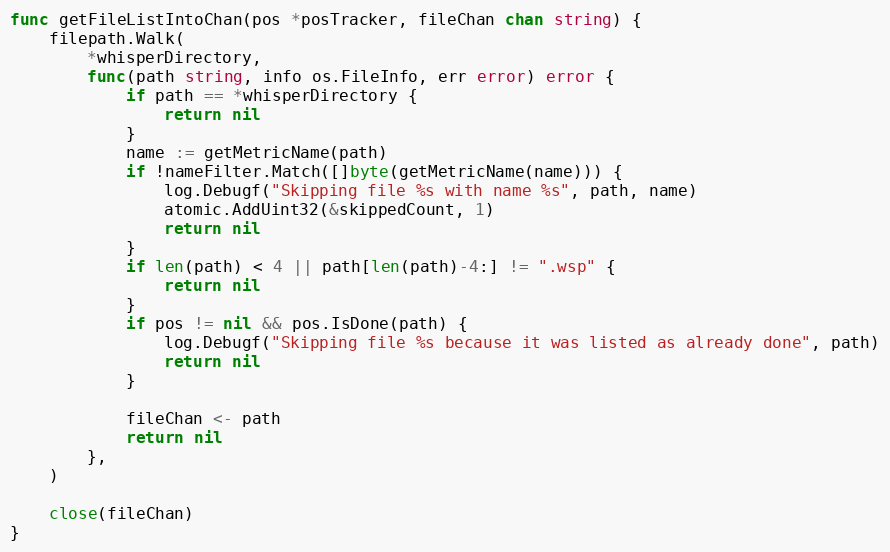
Language: Go
func getFileListIntoChan(pos *posTracker, fileChan chan string) {
	filepath.Walk(
		*whisperDirectory,
		func(path string, info os.FileInfo, err error) error {
			if path == *whisperDirectory {
				return nil
			}
			name := getMetricName(path)
			if !nameFilter.Match([]byte(getMetricName(name))) {
				log.Debugf("Skipping file %s with name %s", path, name)
				atomic.AddUint32(&skippedCount, 1)
				return nil
			}
			if len(path) < 4 || path[len(path)-4:] != ".wsp" {
				return nil
			}
			if pos != nil && pos.IsDone(path) {
				log.Debugf("Skipping file %s because it was listed as already done", path)
				return nil
			}

			fileChan <- path
			return nil
		},
	)

	close(fileChan)
}